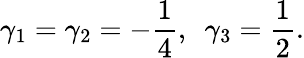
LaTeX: \gamma_{1}=\gamma_{2}=-\frac{1}{4},~~\gamma_{3}=\frac{1}{2}.